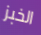
الخبز